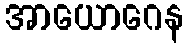
အာယောဂေန